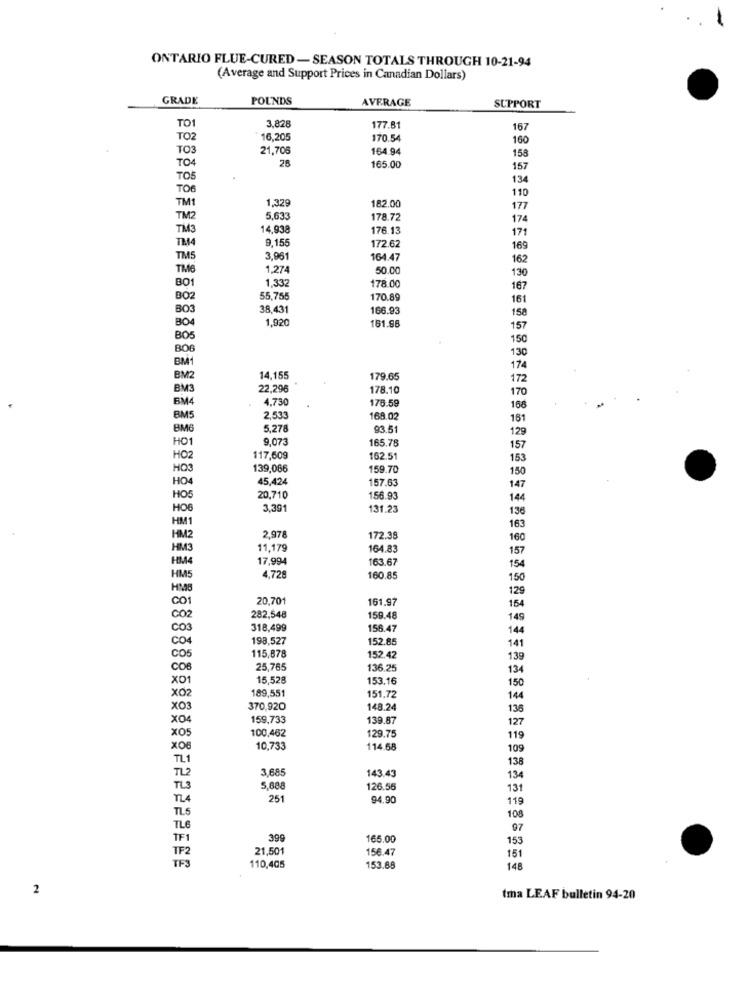
ONTARIO FLUE-CURED-SEASON TOTALS THROUGH 10-21-94
(Average and Support Prices in Canadian Dollars)
GRADE
POUNDS
AVERAGE
SUPPORT
TO1
3,828
177.81
167
TO2
16,205
170.54
160
TO3
21,705
164.94
TO4
28
158
165.00
157
TO5
134
TO6
110
TM1
1,329
182.00
177
TM2
5,633
178.72
174
TM3
14,938
176.13
171
TM4
9,155
172.62
169
TM5
3,961
164.47
162
TM6
1,274
50.00
130
BO1
1,332
178.00
167
BO2
55,755
170.89
161
BO3
38,431
166.93
158
BO4
1,920
161.98
157
BO5
150
BO6
130
BM1
174
BM2
14,155
179.65
172
BM3
22,296
178.10
170
BM
4,730
176:59
168
BM5
2,533
168.02
161
BM6
5,278
93.51
129
H01
9.073
165.78
157
HO2
117,609
162.51
153
HOS
139,066
159.70
150
HO4
45,424
157.63
147
HOS
20,710
156.93
144
HOE
3,391
131.23
136
HM1
163
HM2
2,978
172.39
160
HIM3
11,179
164.83
157
HM4
17,994
163.67
154
HMS
4,728
160.85
150
HMB
129
CO1
20,701
161.97
154
CO2
282,548
159.48
149
CO3
318,499
156.47
14
CO4
198,527
152.85
115,878
141
CO5
152.42
139
COB
25,765
136.25
134
X01
15,528
153.16
150
189,551
X02
151,72
14
X03
370,920
148.24
136
X04
159.733
139.87
127
100,462
XOS
129.75
119
x06
10,733
114.68
109
TL1
TL2
3,685
143.43
138
134
TLS
5,688
126.56
131
TLA
251
94.90
119
TL5
108
TL6
07
TF1
399
165.00
153
TF2
21,501
156.47
TFS
151
110,405
153.88
148
2
tma LEAF bulletin 94-20